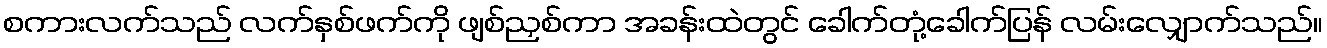
စကားလက်သည် လက်နှစ်ဖက်ကို ဖျစ်ညှစ်ကာ အခန်းထဲတွင် ခေါက်တုံ့ခေါက်ပြန် လမ်းလျှောက်သည်။